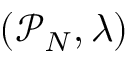
( \mathcal P _ { N } , \lambda )